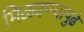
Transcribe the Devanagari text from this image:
मिळवण्यापुढे